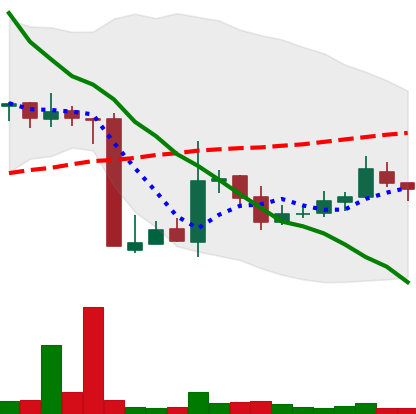
Ticker: XMR-USD
Chart end date: 2018-10-25
Forward return: -3.545%
Label: down_3_5